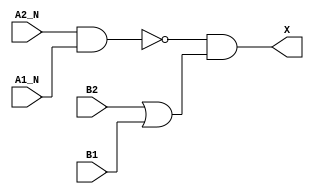
module sky130_fd_sc_hd__o2bb2a (
    X   ,
    A1_N,
    A2_N,
    B1  ,
    B2
);

    // Module ports
    output X   ;
    input  A1_N;
    input  A2_N;
    input  B1  ;
    input  B2  ;

    // Local signals
    wire nand0_out ;
    wire or0_out   ;
    wire and0_out_X;

    //   Name   Output      Other arguments
    nand nand0 (nand0_out , A2_N, A1_N        );
    or   or0   (or0_out   , B2, B1            );
    and  and0  (and0_out_X, nand0_out, or0_out);
    buf  buf0  (X         , and0_out_X        );

endmodule